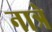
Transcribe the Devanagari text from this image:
नात्रे